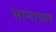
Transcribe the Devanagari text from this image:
भानावत